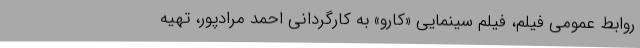
روابط عمومی فیلم، فیلم سینمایی «کارو» به کارگردانی احمد مرادپور، تهیه